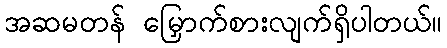
အဆမတန် မြှောက်စားလျက်ရှိပါတယ်။